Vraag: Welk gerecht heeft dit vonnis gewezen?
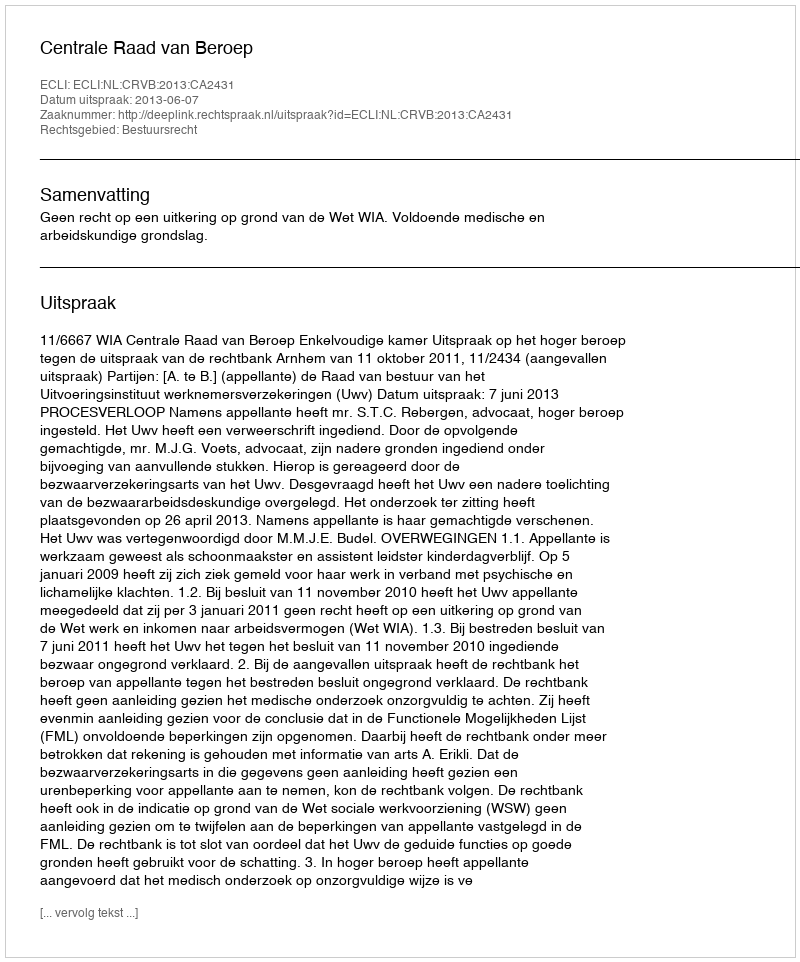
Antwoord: Centrale Raad van Beroep